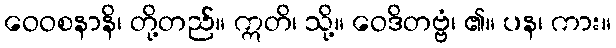
ဝေဝစနာနိ၊ တို့တည်။ ဣတိ၊ သို့။ ဝေဒိတဗ္ဗံ၊ ၏။ ပန၊ ကား။